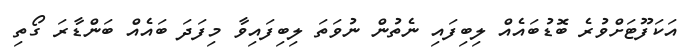
އަކަފޫޓަށްވުރެ ބޮޑުބައެއް ލިބިފައި ނެތުން ނުވަތަ ލިބިފައިވާ މިފަދަ ބައެއް ބަންޑާރަ ގޯތި